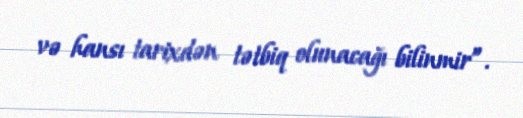
və hansı tarixdən tətbiq olunacağı bilinmir”.